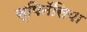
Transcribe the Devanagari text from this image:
स्पिनॅसिया